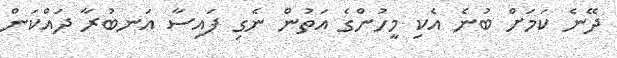
ދޭނެ ކަމަށް ބުނެ އެކި މީހުންގެ އަތުން ނެގި ފައިސާ އަނބުރާ ދައްކަން